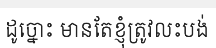
ដូច្នោះ មានតែខ្ញុំត្រូវលះបង់